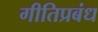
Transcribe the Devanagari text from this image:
गीतिप्रबंध